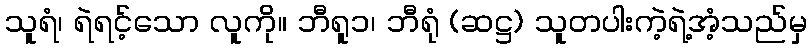
သူရံ၊ ရဲရင့်သော လူကို။ ဘီရူ၁၊ ဘီရုံ (ဆဋ္ဌ) သူတပါးကဲ့ရဲ့အံ့သည်မှ